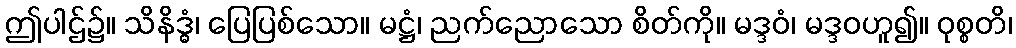
ဤပါဌ်၌။ သိနိဒ္ဓံ၊ ပြေပြစ်သော။ မဋ္ဌံ၊ ညက်ညောသော စိတ်ကို။ မဒ္ဒဝံ၊ မဒ္ဒဝဟူ၍။ ဝုစ္စတိ၊